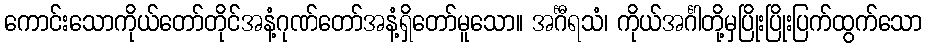
ကောင်းသောကိုယ်တော်တိုင်အနံ့ဂုဏ်တော်အနံ့ရှိတော်မူသော။ အင်္ဂီရသံ၊ ကိုယ်အင်္ဂါတို့မှပြိုးပြိုးပြက်ထွက်သော